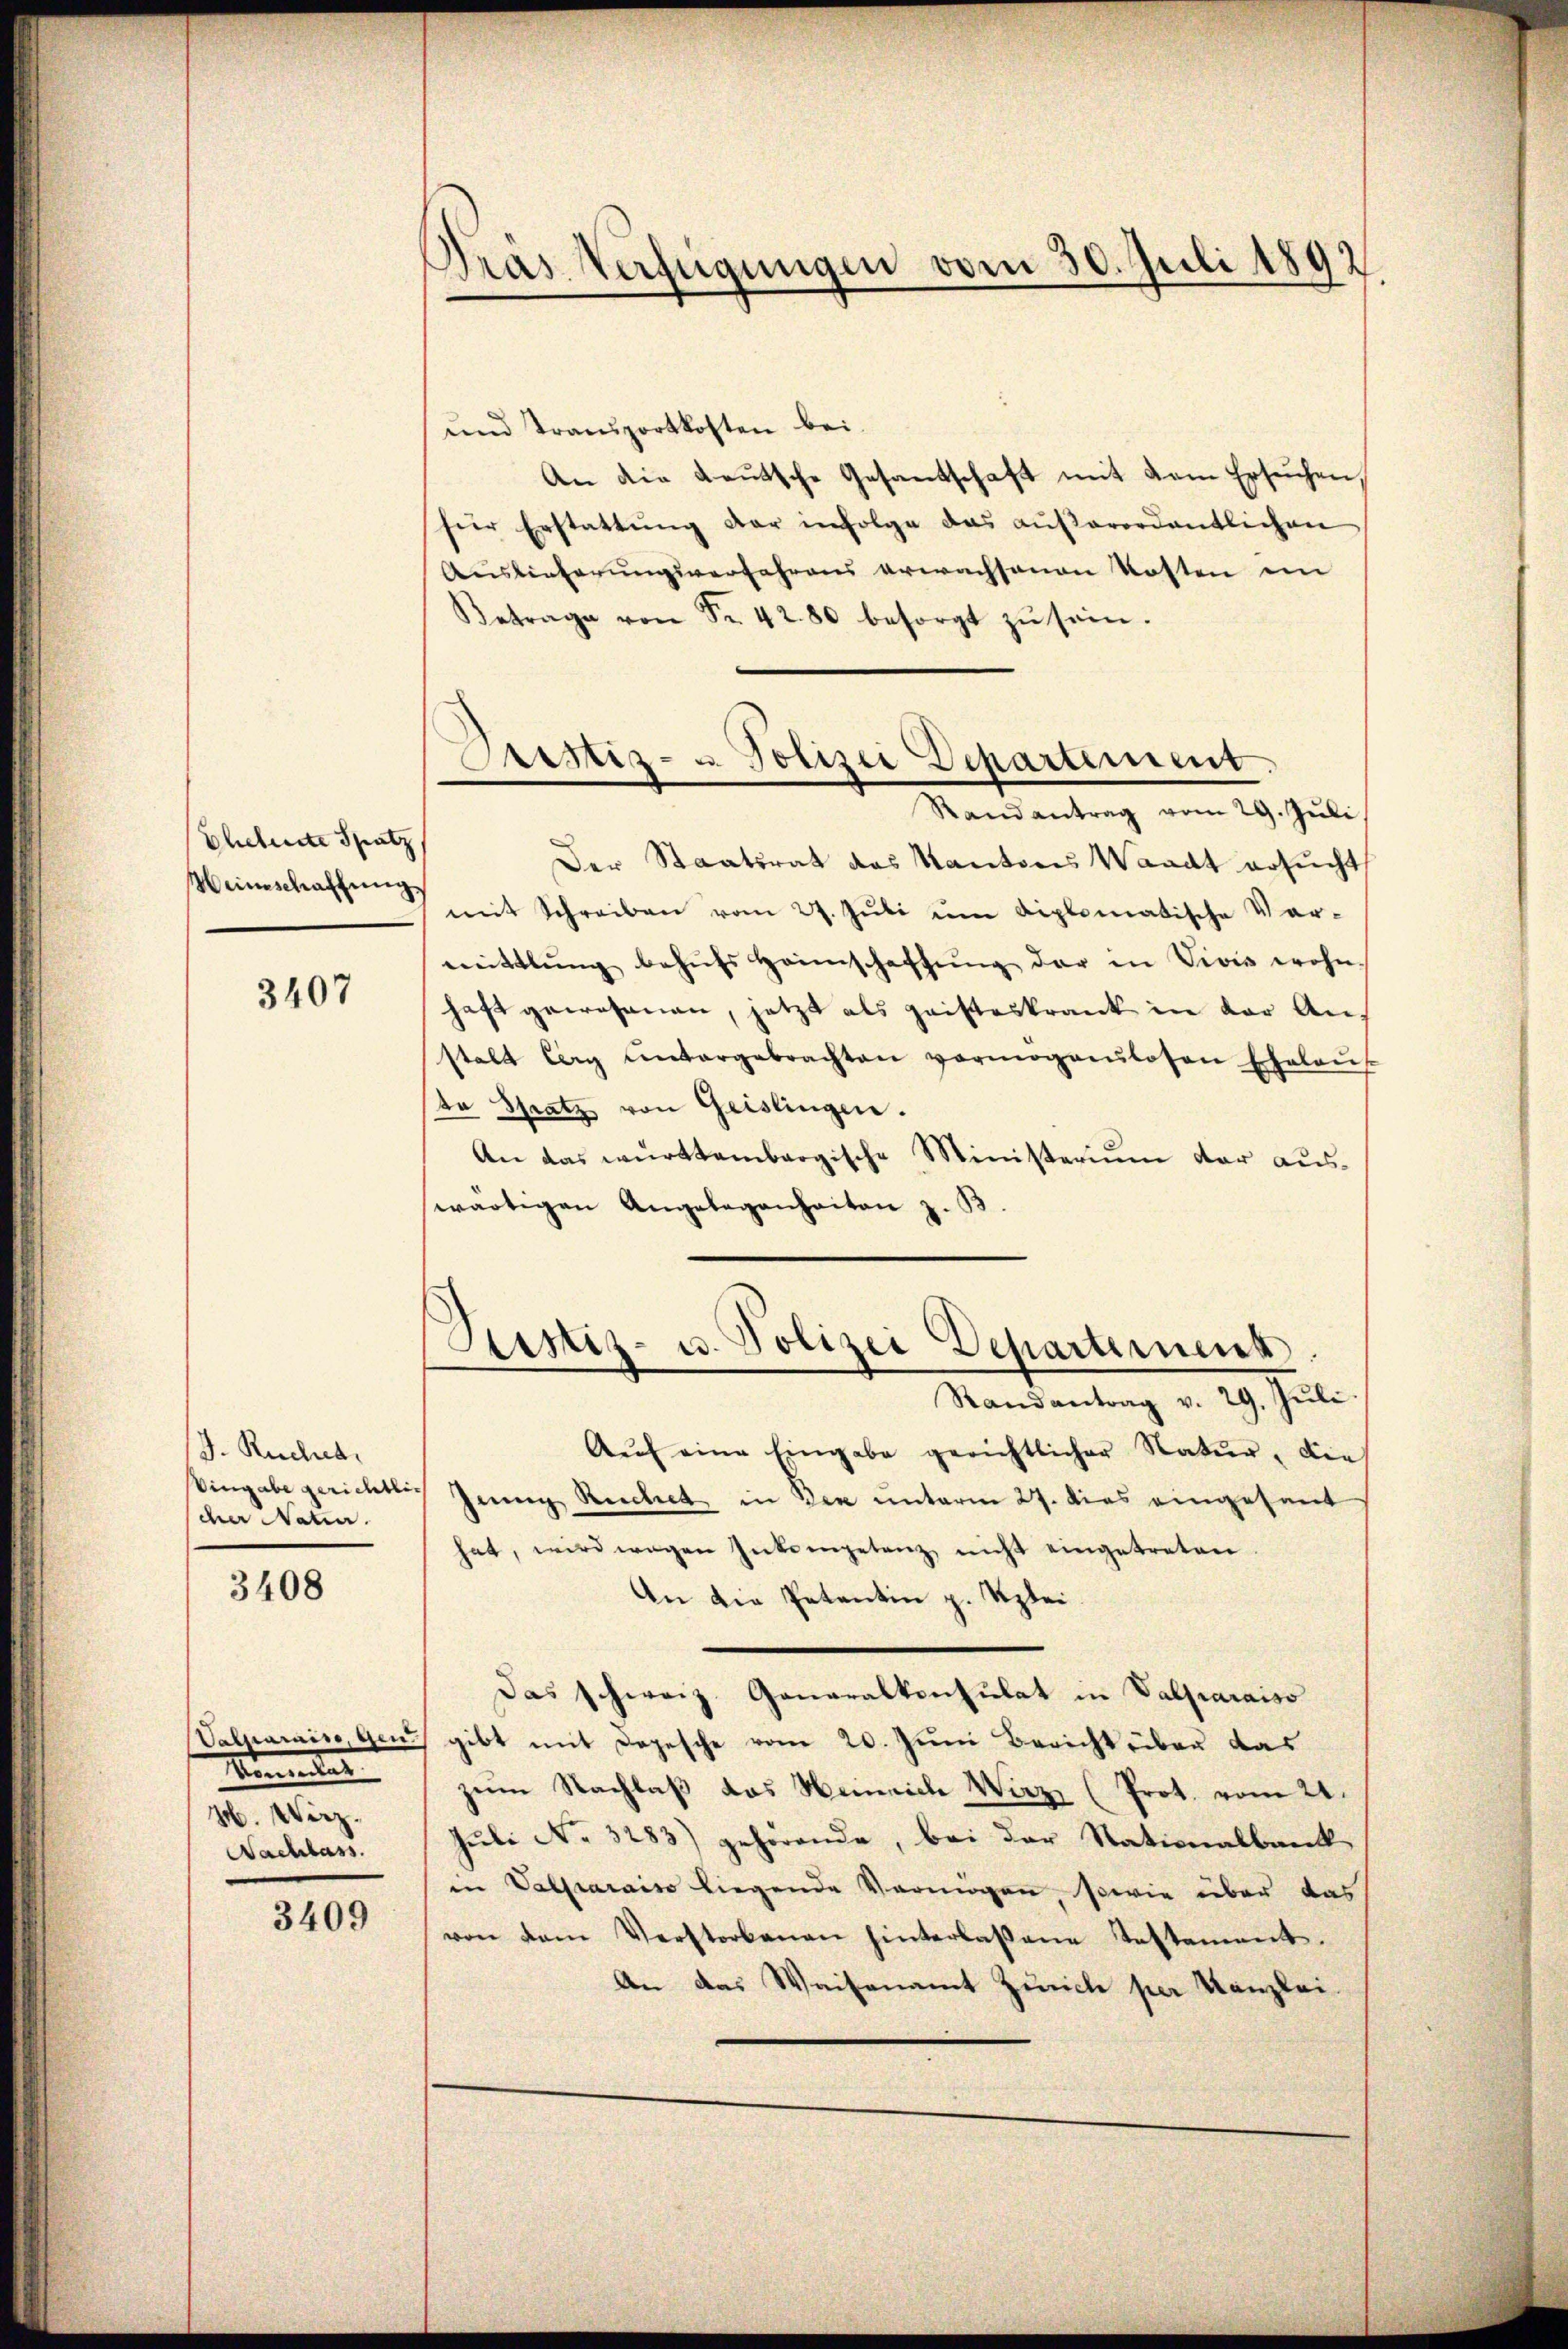
Ehehente Spatz
Weinschaffung

3407

J. Ruchna
Vingabe gerichtlich
cher Natio

3408

Momentes
M. Wirz.
Nachlass

3409

Pras Verfügungen vom 30. Juli 1892

und Transportkosten bei.
An die Leŭtsche Gesandschaft mit dem Ersuchen
für Erstattŭng der infolge das aŭβerordentlichen
Auslieferungsverfahrens erwachsenen Kosten im
Betrage von Fr. 42. 80 besorgt zŭ sein.
Der Staatsrat des Kantons Waadt ersucht
mit Schreiben vom 27. Jŭli ŭm diplomatische Ver-
mittlung behŭfs Heimschaffŭng der in Vives wohn-
haft gewesenen, jetzt als geisteskrank in der Anstalt lag untergebrachten vormoganlosen Ehelaŭf
te Spatz von Geislingen.
An das württembergische Ministerium der aŭs-
wärtigen Angelegenheiten z. B
Justiz- u. Polizei Departernenn
Randantrag v. 29. Jŭli
Aŭf eine Eingabe gerichtlicher Natur, die
Junng Reichet in den unterm 27. dies eingesant
hat, wird wegen Interpetanz nicht eingetreten.
An die Petentin z. Szlei.
Das schweiz. Generalkonsulat in Valparaiso
Valparaise, gens gibt mit Depesche vom 20. Juni Bericht über das
zŭm Nachlaβ das Heinrich Wirz (Prot. vom 21.
Juli No 3283) gehörende, bei der Stationalbank
in Valparaiso liegende Vermögen, sowie über das
von dem Verstorbenen hinterlassene Testament.
An das Waisenamt Zürich per Kanzlei

Sistiz- u. Polizei Departement.
Randantrag vom 29. Jŭli